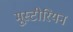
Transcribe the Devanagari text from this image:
मूस्टीरियन